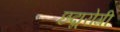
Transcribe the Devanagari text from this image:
छद्मरोगी